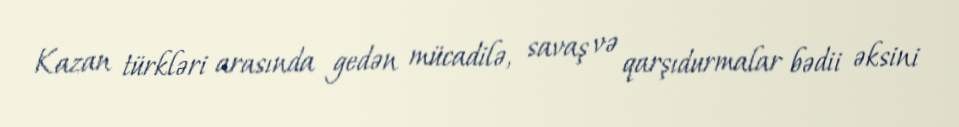
Kazan türkləri arasında gedən mücadilə, savaş və qarşıdurmalar bədii əksini